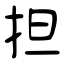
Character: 担